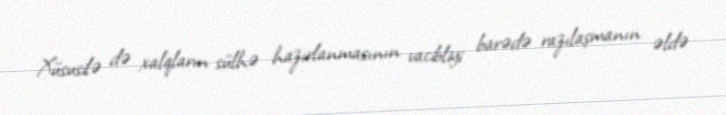
Xüsusilə də xalqların sülhə hazırlanmasının vacibliyi barədə razılaşmanın əldə